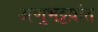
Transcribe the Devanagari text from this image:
अणुभट्टय़ांत